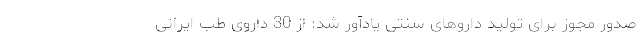
صدور مجوز برای تولید داروهای سنتی یادآور شد: از 30 داروی طب ایرانی